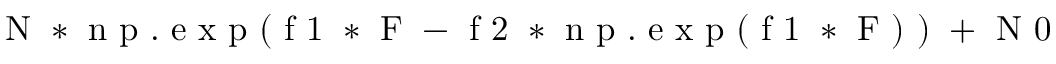
\mathrm { ~ N ~ * ~ n ~ p ~ . ~ e ~ x ~ p ~ ( ~ f ~ 1 ~ * ~ F ~ - ~ f ~ 2 ~ * ~ n ~ p ~ . ~ e ~ x ~ p ~ ( ~ f ~ 1 ~ * ~ F ~ ) ~ ) ~ + ~ N ~ 0 ~ }